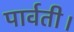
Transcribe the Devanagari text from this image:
पार्वती।